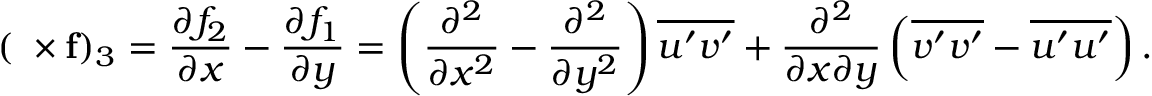
( \mathbf { \nabla \times f } ) _ { 3 } = \frac { \partial f _ { 2 } } { \partial x } - \frac { \partial f _ { 1 } } { \partial y } = \left( \frac { \partial ^ { 2 } } { \partial x ^ { 2 } } - \frac { \partial ^ { 2 } } { \partial y ^ { 2 } } \right) \overline { { { u } ^ { \prime } { v } ^ { \prime } } } + \frac { \partial ^ { 2 } } { \partial x \partial y } \left( \overline { { { v } ^ { \prime } { v } ^ { \prime } } } - \overline { { { u } ^ { \prime } { u } ^ { \prime } } } \right) .